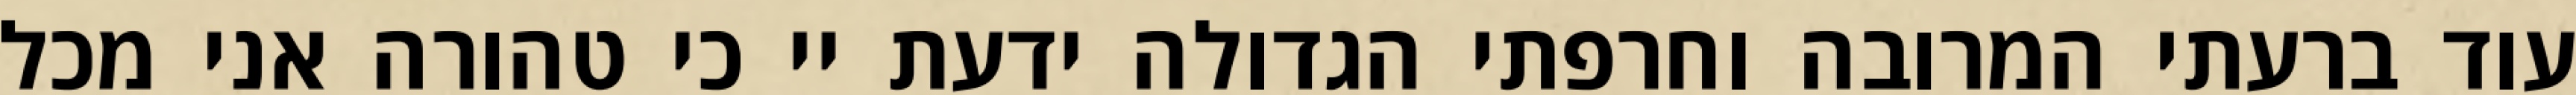
עוד ברעתי המרובה וחרפתי הגדולה ידעת יי כי טהורה אני מכל